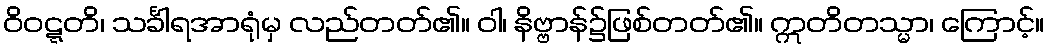
ဝိဝဋ္ဋတိ၊ သင်္ခါရအာရုံမှ လည်တတ်၏။ ဝါ၊ နိဗ္ဗာန်၌ဖြစ်တတ်၏။ ဣတိတသ္မာ၊ ကြောင့်။